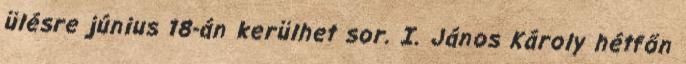
ülésre június 18-án kerülhet sor. I. János Károly hétfőn